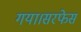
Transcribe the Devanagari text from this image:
गया।सरफेस